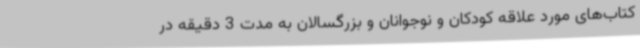
کتاب‌های مورد علاقه کودکان و نوجوانان و بزرگسالان به مدت 3 دقیقه در